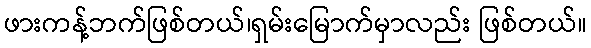
ဖားကန့်ဘက်ဖြစ်တယ်၊ရှမ်းမြောက်မှာလည်း ဖြစ်တယ်။